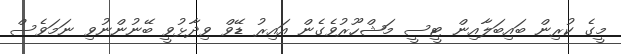
މީގެ ކުރިން ބައިބަލާއިން ޓީސީ މަޝްހޫރުވެގެން އައިރު ޑޭވް ވިދާޅުވީ ބޭނުންނުވި ނަމަވެސް